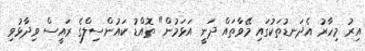
އިރު މިހާރު އެދަނޑުތަކުގައި މޭވާތައް ދަނީ އަޅަމުން" ތޮއްޑު ކައުންސިލްގެ ރައީސް ވިދާޅުވި